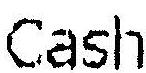
CASH